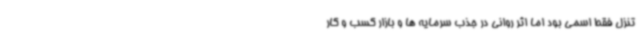
تنزل فقط اسمی بود اما اثر روانی در جذب سرمایه ها و بازار کسب و کار